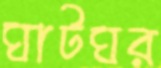
ঘাটঘর